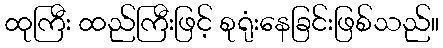
ထုကြီး ထည်ကြီးဖြင့် စုရုံးနေခြင်းဖြစ်သည်။